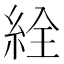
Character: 絟